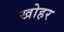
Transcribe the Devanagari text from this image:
खोहर